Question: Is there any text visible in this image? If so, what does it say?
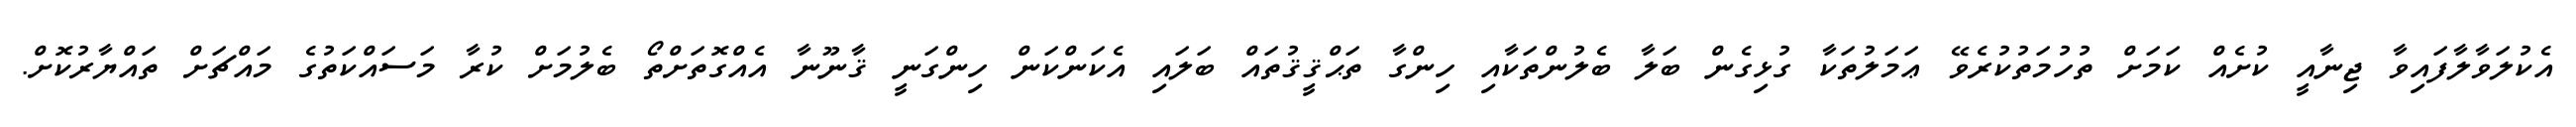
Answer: އެކުލަވާލާފައިވާ ޖިނާއީ ކުށެއް ކަމަށް ތުހުމަތުކުރެވޭ ޢަމަލުތަކާ ގުޅިގެން ބަލާ ބެލުންތަކާއި ހިންގާ ތަޙްޤީޤުތައް ބަލައި އެކަންކަން ހިންގަނީ ޤާނޫނާ އެއްގޮތަށްތޯ ބެލުމަށް ކުރާ މަސައްކަތުގެ މައްޗަށް ތައްޔާރުކޮށް.